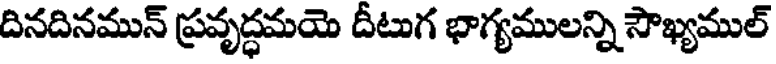
దినదినమున్ ప్రవృద్ధమయె దీటుగ భాగ్యములన్ని సౌఖ్యముల్